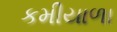
કમીયાળા